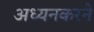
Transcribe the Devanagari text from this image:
अध्यनकरने